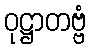
ဝုဋ္ဌာတဗ္ဗံ